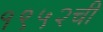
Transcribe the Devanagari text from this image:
१९५२ची